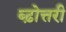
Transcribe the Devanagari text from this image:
ब्ढ़ोत्तरी